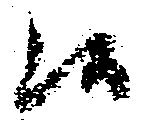
候